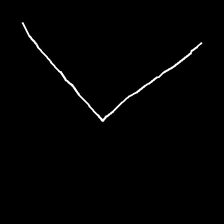
Glyph: region